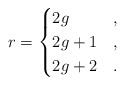
LaTeX: \begin{align*}r = \begin{cases}2g&,\\2g+1&,\\2g+2&.\end{cases}\end{align*}